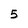
Character: 5